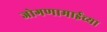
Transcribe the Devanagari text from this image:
जोगणामाईच्या